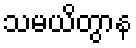
သမယိတွာန